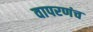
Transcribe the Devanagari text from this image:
वापरणंच